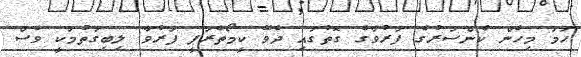
ހަމަ މިހެން ކެންސަރުގެ ފަރުވާގެ ގޮތުގައި ދެވޭ ކީމޯތެރަޕީ ފަރުވާ ލިބިގަތުމަކީ ވެސް